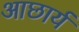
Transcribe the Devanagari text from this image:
आछार्य